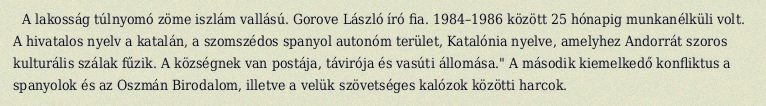
A lakosság túlnyomó zöme iszlám vallású. Gorove László író fia. 1984–1986 között 25 hónapig munkanélküli volt. A hivatalos nyelv a katalán, a szomszédos spanyol autonóm terület, Katalónia nyelve, amelyhez Andorrát szoros kulturális szálak fűzik. A községnek van postája, távirója és vasúti állomása." A második kiemelkedő konfliktus a spanyolok és az Oszmán Birodalom, illetve a velük szövetséges kalózok közötti harcok.